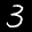
Label: 3